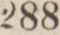
288